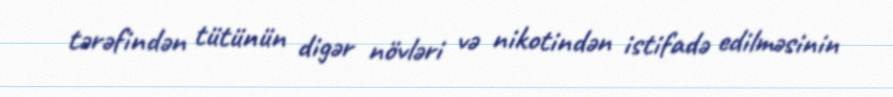
tərəfindən tütünün digər növləri və nikotindən istifadə edilməsinin